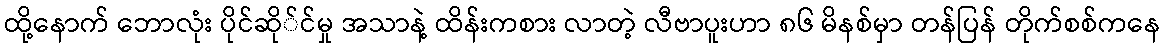
ထို့နောက် ဘောလုံး ပိုင်ဆို်င်မှု အသာနဲ့ ထိန်းကစား လာတဲ့ လီဗာပူးဟာ ၈၆ မိနစ်မှာ တန်ပြန် တိုက်စစ်ကနေ